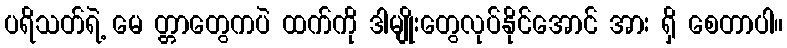
ပရိသတ်ရဲ့ မေ တ္တာတွေကပဲ ထက်ကို ဒါမျိုးတွေလုပ်နိုင်အောင် အား ရှိ စေတာပါ။